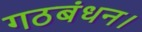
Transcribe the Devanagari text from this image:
गठबंधन।